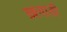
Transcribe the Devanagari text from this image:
ख़त्ताती